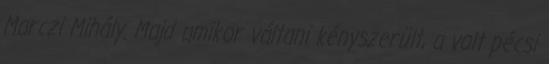
Marczi Mihály. Majd amikor váltani kényszerült, a volt pécsi